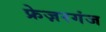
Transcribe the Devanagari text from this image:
फ्रेज़रगंज